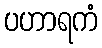
ပဟာရကံ